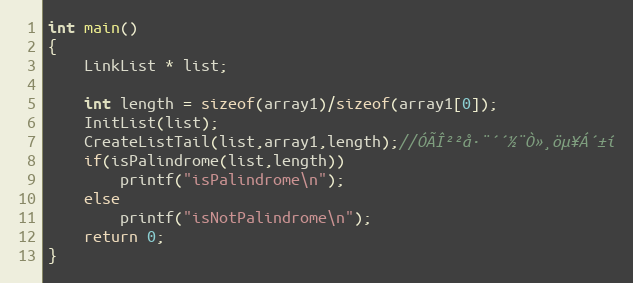
Language: C++
int main()
{
	LinkList * list;

	int length = sizeof(array1)/sizeof(array1[0]);
	InitList(list);
	CreateListTail(list,array1,length);//ÓÃÎ²²å·¨´´½¨Ò»¸öµ¥Á´±í
	if(isPalindrome(list,length))
		printf("isPalindrome\n");
	else
		printf("isNotPalindrome\n");
	return 0;
}